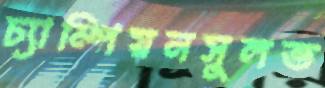
চ্যাম্পিয়নসুলভ